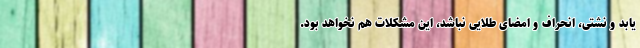
یابد و نشتی، انحراف و امضای طلایی نباشد، این مشکلات هم نخواهد بود.